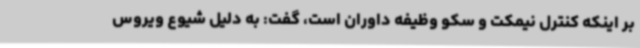
بر اینکه کنترل نیمکت و سکو وظیفه داوران است، گفت: به دلیل شیوع ویروس